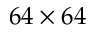
6 4 \times 6 4